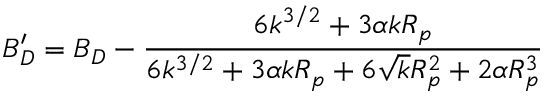
B _ { D } ^ { \prime } = B _ { D } - \frac { 6 k ^ { 3 / 2 } + 3 \alpha k R _ { p } } { 6 k ^ { 3 / 2 } + 3 \alpha k R _ { p } + 6 \sqrt { k } R _ { p } ^ { 2 } + 2 \alpha R _ { p } ^ { 3 } }